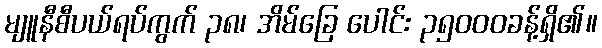
မျူနီစီပယ်ရပ်ကွက် ၃၈၊ အိမ်ခြေ ပေါင်း ၃၅၀၀၀ခန့်ရှိ၏။